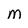
Character: m